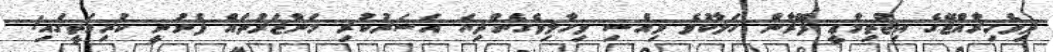
ދިވެހިރާއްޖޭގެ އިޖްތިމާޢީ ފޭރާން ހަލާކުވެ ވިއްސި ވިހާލިވެގެންދިޔަ އަސަރުކުރި މަންޒަރުތައް ފެނުނީ ކުރިމަތީގައި!